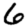
Digit: 6